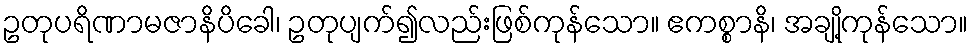
ဥတုပရိဏာမဇာနိပိခေါ၊ ဥတုပျက်၍လည်းဖြစ်ကုန်သော။ ဧကစ္စာနိ၊ အချို့ကုန်သော။